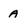
Character: a